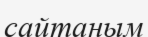
сайтаным